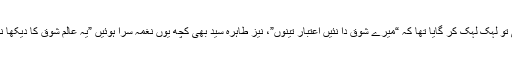
غلام علی نے آپ کے متعلق ہی تو لہک لہک کر گایا تھا کہ “میرے شوق دا نئیں اعتبار تینوں”، نیز طاہرہ سید بھی کچھ یوں نغمہ سرا ہوئیں ”یہ عالم شوق کا دیکھا نہ جائے” و اشعار ہائے دیگری۔